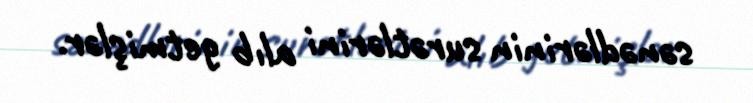
sənədlərinin surətlərini alıb getmişlər.